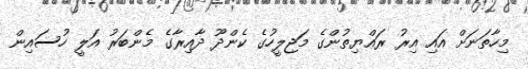
މިހާތަނަށް އައި އިރު ރައްޔިތުންގެ މަޖިލީހުގެ ކެންދޫ ދާއިރާގެ މެންބަރު އަލީ ހުސައިން